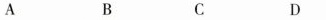
A B C D